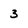
Character: 3